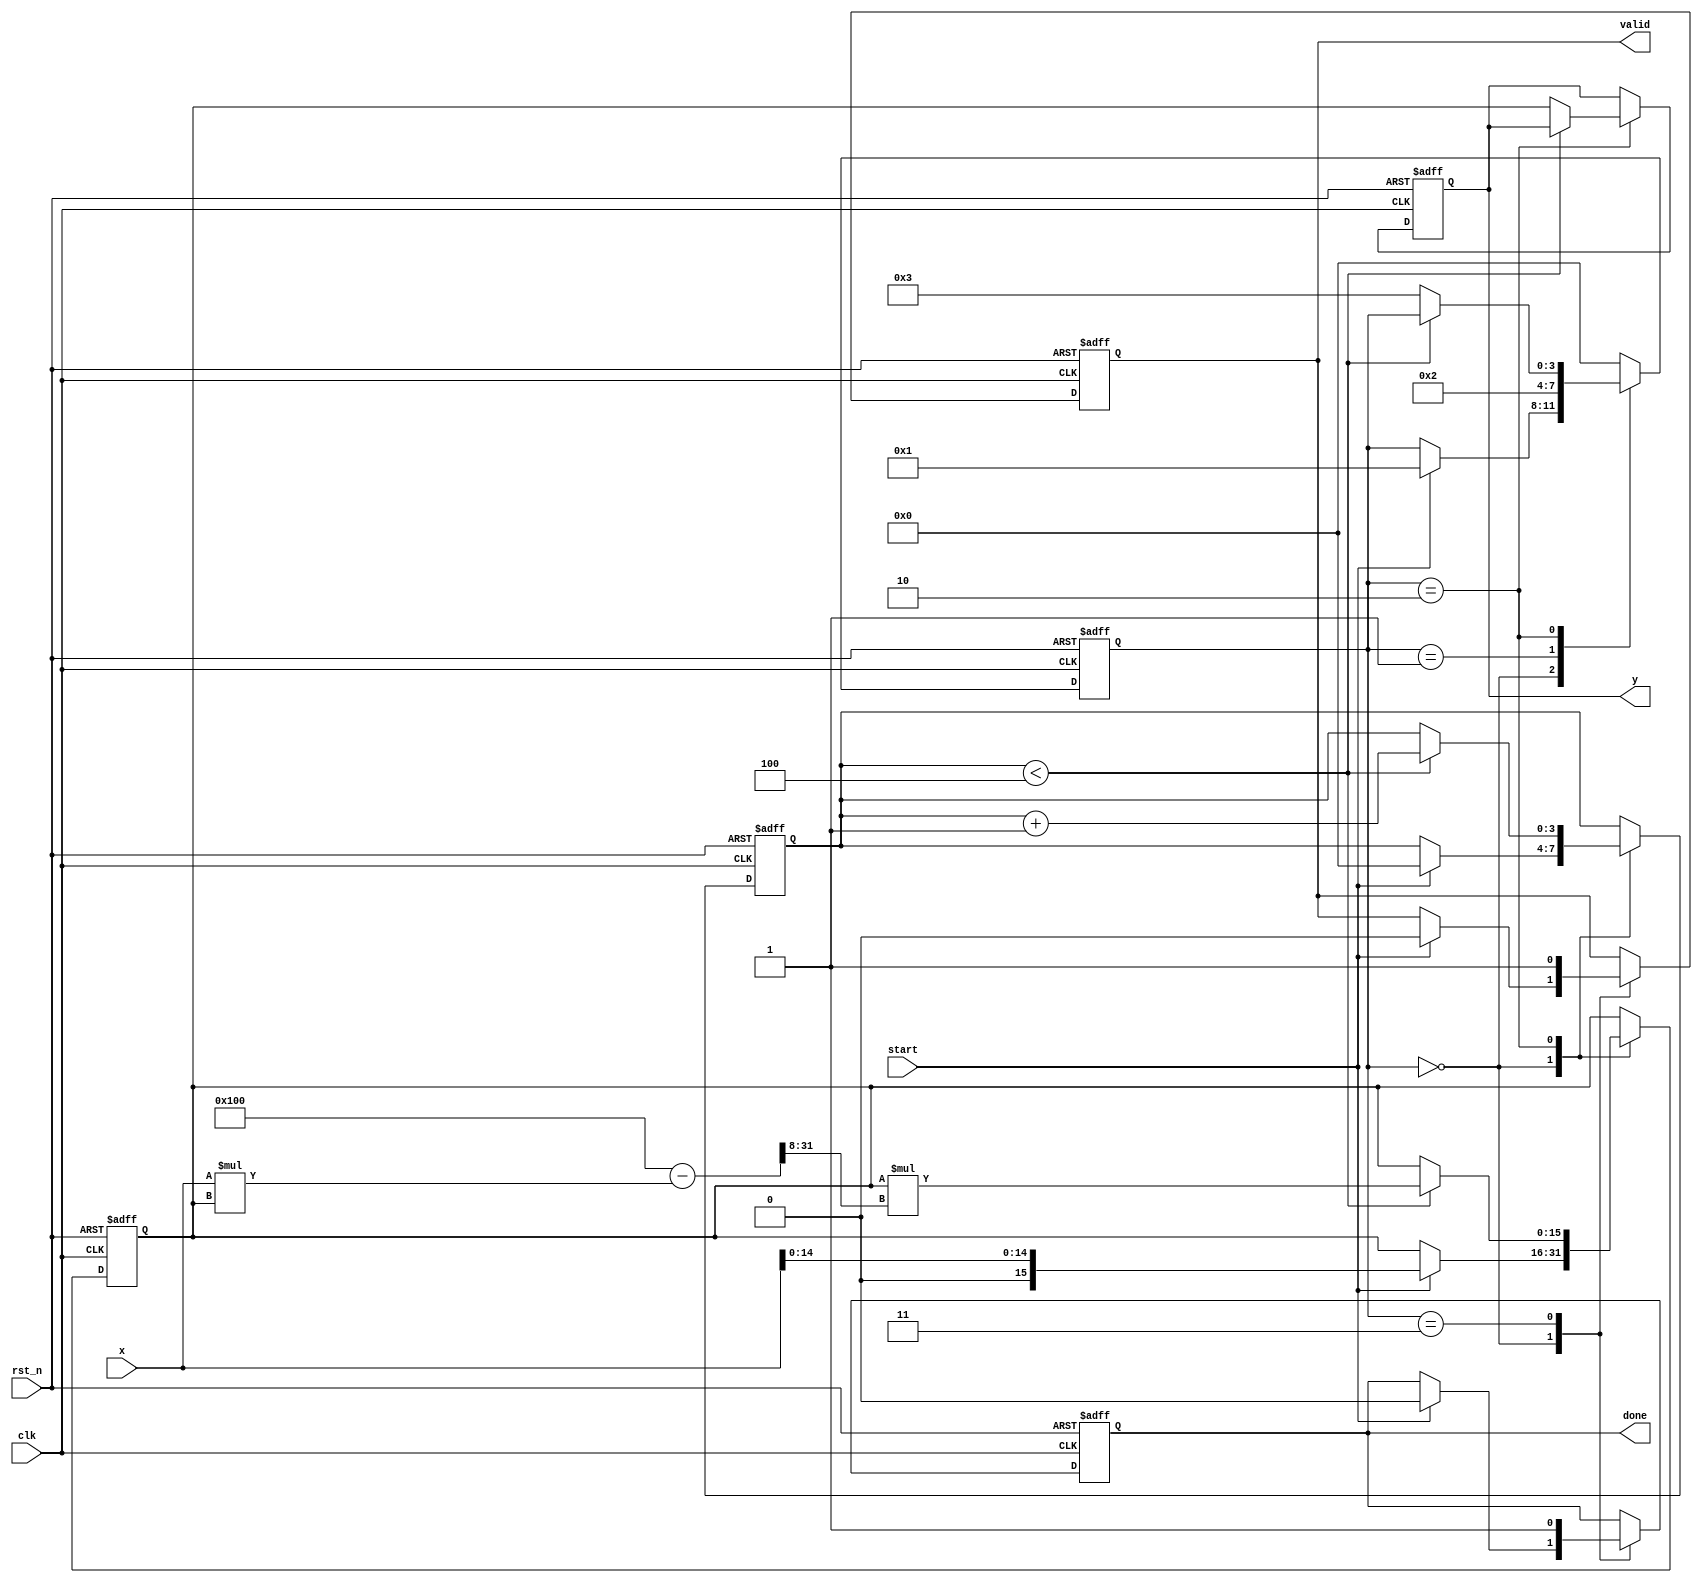
module DirectReciprocalUnit #(
    parameter WIDTH = 16,       // Width of the input and output
    parameter FRAC_WIDTH = 8    // Number of fractional bits
)(
    input wire clk,             // Clock signal
    input wire rst_n,           // Active low reset
    input wire start,           // Start signal
    input wire [WIDTH-1:0] x,   // Input value (non-zero positive number)
    output reg [WIDTH-1:0] y,   // Output value (reciprocal of x)
    output reg done,            // Done signal
    output reg valid            // Valid signal
);

    // Internal states
    reg [WIDTH-1:0] approx;     // Current approximation of the reciprocal
    reg [3:0] state;            // State variable for FSM
    reg [3:0] count;            // Iteration counter

    // State encoding
    localparam IDLE     = 4'd0;
    localparam INIT     = 4'd1;
    localparam ITERATE  = 4'd2;
    localparam DONE     = 4'd3;

    // Newton-Raphson iteration: y(n+1) = y(n) * (2 - x * y(n))
    always @(posedge clk or negedge rst_n) begin
        if (!rst_n) begin
            y <= 0;
            approx <= 0;
            done <= 0;
            valid <= 0;
            state <= IDLE;
            count <= 0;
        end else begin
            case (state)
                IDLE: begin
                    if (start) begin
                        approx <= {1'b0, x[WIDTH-2:0]}; // Initial approximation (1/x)
                        count <= 0;
                        state <= INIT;
                        done <= 0;
                        valid <= 0;
                    end
                end

                INIT: begin
                    // Start the iteration
                    state <= ITERATE;
                end

                ITERATE: begin
                    if (count < 4) begin // 4 iterations for convergence
                        approx <= approx * (2**(WIDTH-FRAC_WIDTH) - (x * approx) >> FRAC_WIDTH);
                        count <= count + 1;
                    end else begin
                        y <= approx; // Final result
                        state <= DONE;
                    end
                end

                DONE: begin
                    done <= 1;
                    valid <= 1;
                    state <= IDLE; // Go back to IDLE after done
                end

                default: state <= IDLE;
            endcase
        end
    end

endmodule